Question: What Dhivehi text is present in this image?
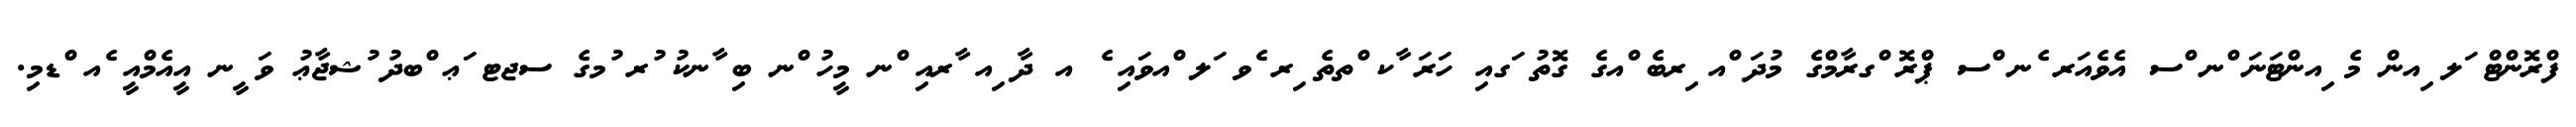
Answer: ފްރޮންޓް ަލ ިއން މެ ިއންޓަނަ ްނ ްސ އެވެއަރ ެނ ްސ ޕްރޮ ްގރާމްގެ މުދަ ްއ ިރބެ ްއގެ ގޮތު ަގއި ހަރަ ާކ ްތތެ ިރ ެވ ަލ ްއވައި ެ އ ދާ ިއ ާރއި ްނ މީހު ްނ ބި ާނކު ުރ ުމގެ ސޖޓ ަޢ ްބދު ުޝޖާޢު ވަ ީނ އީއެމްއީ ެއ ްޑމި.